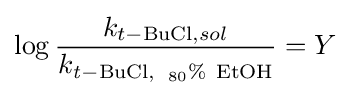
\log {\frac {k_{t-{\ce {BuCl}},sol}}{k_{\ce {{\mathit {t}}-BuCl,\ 80\%\ EtOH}}}}=Y